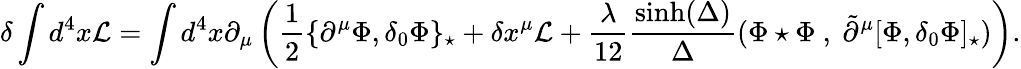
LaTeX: \delta\int d^{4}x\mathcal{L}=\int d^{4}x\partial_{\mu}\left(\frac 12\{ \partial^{\mu}\Phi,\delta_{0}\Phi\} _{\star}+\delta x^{\mu}\mathcal{L}+\frac{\lambda}{12}\frac{\sinh(\Delta)}{\Delta}(\Phi\star\Phi~,~\tilde{\partial}^{\mu}[\Phi,\delta_{0}\Phi]_{\star})\right).